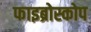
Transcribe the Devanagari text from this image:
फाइब्रोस्कोप